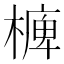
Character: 㯅